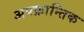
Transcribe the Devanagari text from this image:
अपक्रान्तिक